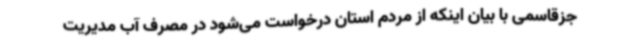
جزقاسمی با بیان اینکه از مردم استان درخواست می‌شود در مصرف آب مدیریت